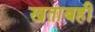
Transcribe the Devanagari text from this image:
खताबही